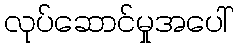
လုပ်ဆောင်မှုအပေါ်